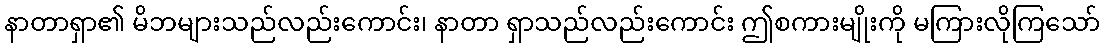
နာတာရှာ၏ မိဘများသည်လည်းကောင်း၊ နာတာ ရှာသည်လည်းကောင်း ဤစကားမျိုးကို မကြားလိုကြသော်